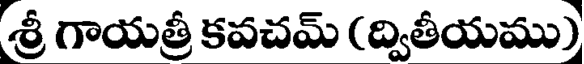
శ్రీ గాయత్రీ కవచమ్ (ద్వితీయము)